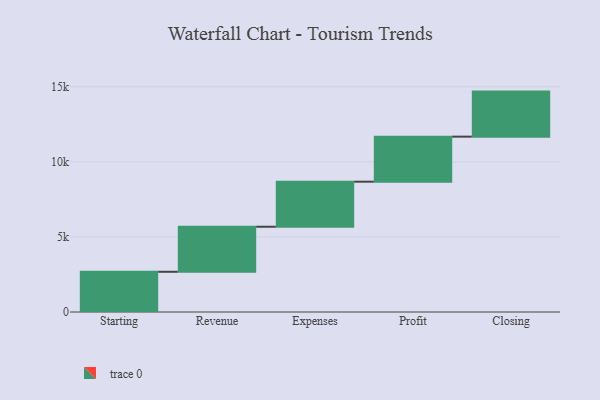
{"axis": {"x": "Step", "y": "Value"}, "legend": [""], "data": [{"x": "Starting", "y": 2679.0, "type": ""}, {"x": "Revenue", "y": 3000, "type": ""}, {"x": "Expenses", "y": 3000, "type": ""}, {"x": "Profit", "y": 3000, "type": ""}, {"x": "Closing", "y": 3000, "type": ""}]}